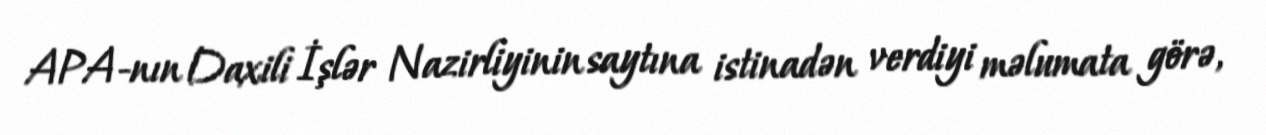
APA-nın Daxili İşlər Nazirliyinin saytına istinadən verdiyi məlumata görə,